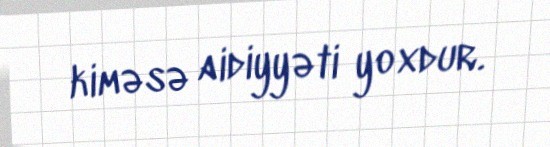
kiməsə aidiyyəti yoxdur.